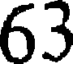
63